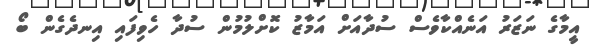
އީމާގެ ނަޒަރު އަނެއްކާވެސް ސުދާއަށް އަމާޒު ކޮށްލުމުން ސުދާ ހެވިފައި އިނދެގެން ބޯ